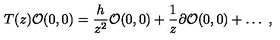
T ( z ) { \cal O } ( 0 , 0 ) = \frac { h } { z ^ { 2 } } { \cal O } ( 0 , 0 ) + \frac { 1 } { z } \partial { \cal O } ( 0 , 0 ) + \ldots \ ,